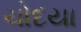
ચોદયા